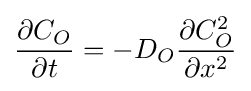
{\frac {\partial C_{O}}{\partial t}}=-D_{O}{\frac {\partial C_{O}^{2}}{\partial x^{2}}}